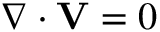
\begin{array} { r } { \nabla \cdot { \bf V } = 0 } \end{array}